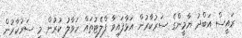
ރައީސް އަބްދު ޔާމީންގެ ސަރުކާރުން އަޅާފައިވާ ފްލެޓުތައް ހަވާލު ކުރުން މި ސަރުކާރުން